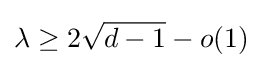
\lambda \geq 2{\sqrt {d-1}}-o(1)